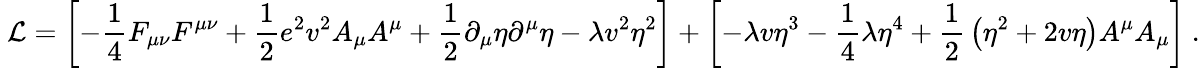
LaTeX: \ {\mathcal{L}}=\left[-{\frac{1}{4}}F_{\mu\nu}F^{\mu\nu}+{\frac{1}{2}}e^{2}v^{2}A_{\mu}A^{\mu}+{\frac{1}{2}}\partial_{\mu}\eta\partial^{\mu}\eta-\lambda v^{2}\eta^{2}\right]+\left[-\lambda v\eta^{3}-{\frac{1}{4}}\lambda\eta^{4}+{\frac{1}{2}}\left(\eta^{2}+2v\eta\right)A^{\mu}A_{\mu}\right]~.